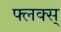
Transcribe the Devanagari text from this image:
फ्लक्स्